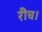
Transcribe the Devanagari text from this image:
रीच।